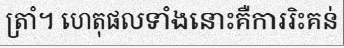
ត្រាំ។ ហេតុផលទាំងនោះគឺការរិះគន់